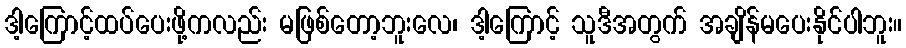
ဒါ့ကြောင့်ထပ်ပေးဖို့ကလည်း မဖြစ်တော့ဘူးလေ၊ ဒါ့ကြောင့် သူဒီအတွက် အချိန်မပေးနိုင်ပါဘူး။